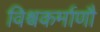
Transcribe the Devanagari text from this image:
विश्वकर्माणौ